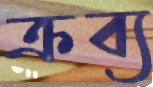
ক্রব্য